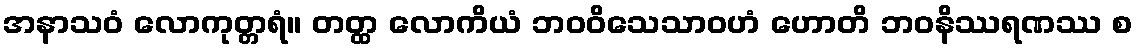
အနာသဝံ လောကုတ္တရံ။ တတ္ထ လောကိယံ ဘဝဝိသေသာဝဟံ ဟောတိ ဘဝနိဿရဏဿ စ